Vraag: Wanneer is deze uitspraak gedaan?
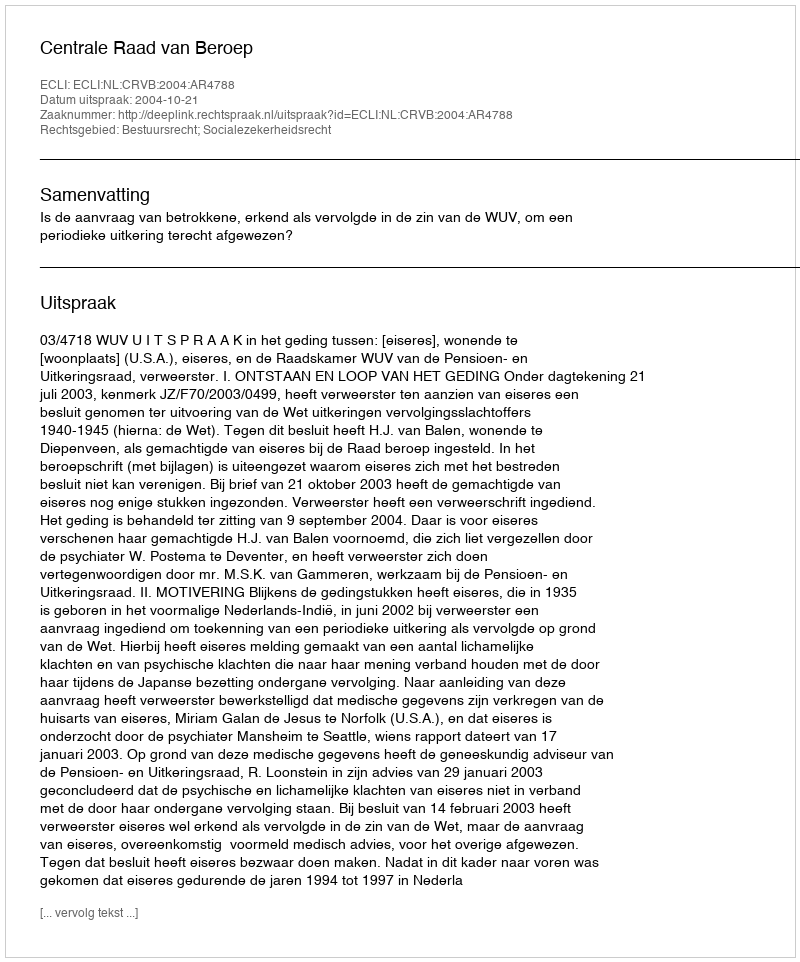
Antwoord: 2004-10-21